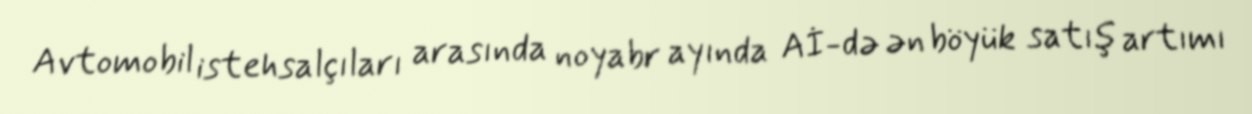
Avtomobil istehsalçıları arasında noyabr ayında Aİ-də ən böyük satış artımı